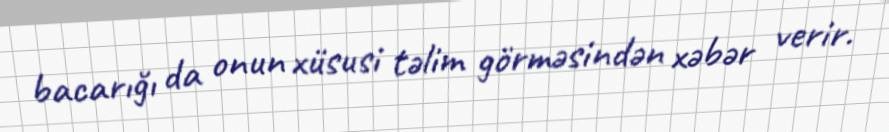
bacarığı da onun xüsusi təlim görməsindən xəbər verir.